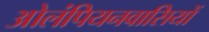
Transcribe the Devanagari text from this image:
ओलंपियनवासियों